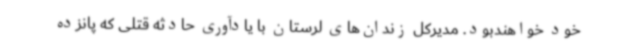
خود خواهندبود. مدیرکل زندان‌های لرستان با یادآوری حادثه قتلی که پانزده